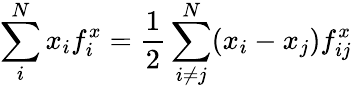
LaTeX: \sum_{i}^{N}x_{i}f_{i}^{x}=\frac{1}{2}\sum_{i\ne j}^{N}(x_{i}-x_{j})f_{ij}^{x}